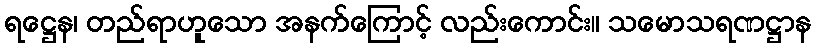
ရဋ္ဌေန၊ တည်ရာဟူသော အနက်ကြောင့် လည်းကောင်း။ သမောသရဏဋ္ဌာန